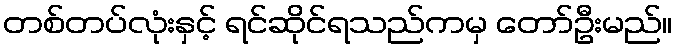
တစ်တပ်လုံးနှင့် ရင်ဆိုင်ရသည်ကမှ တော်ဦးမည်။